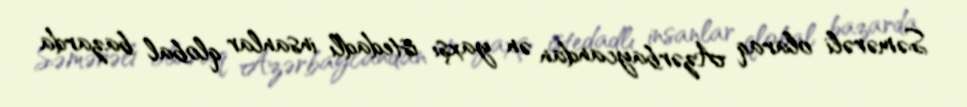
Səmərəli olaraq Azərbaycandan ən yaxşı istedadlı insanlar qlobal bazarda